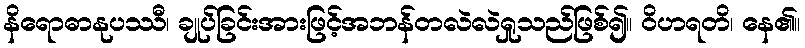
နိရောဓာနုပဿီ၊ ချုပ်ခြင်းအားဖြင့်အဘန်တလဲလဲရှုသည်ဖြစ်၍။ ဝိဟရတိ၊ နေ၏။